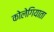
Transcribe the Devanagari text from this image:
कोलेगियाता